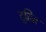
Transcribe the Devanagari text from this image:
दुहित